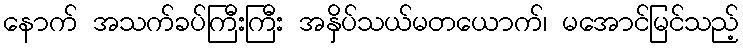
နောက် အသက်ခပ်ကြီးကြီး အနှိပ်သယ်မတယောက်၊ မအောင်မြင်သည့်